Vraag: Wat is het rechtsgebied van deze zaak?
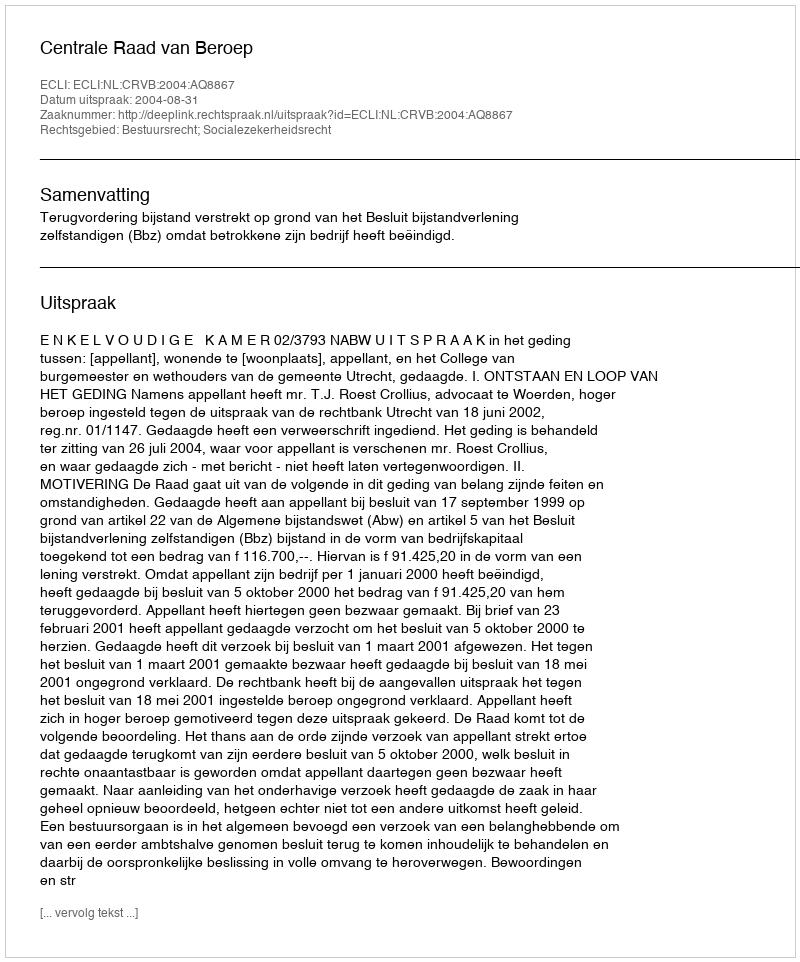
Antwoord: Bestuursrecht; Socialezekerheidsrecht